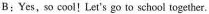
B:Yes,so cool!Let's go to school together.